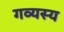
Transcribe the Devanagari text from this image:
गव्यस्य